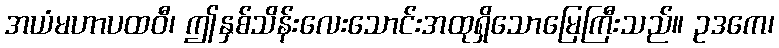
အယံမဟာပထဝီ၊ ဤနှစ်သိန်းလေးသောင်းအထုရှိသောမြေကြီးသည်။ ဥဒကေ၊